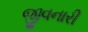
જીવનારી